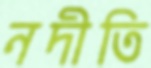
নদীতি